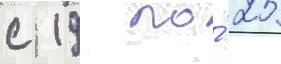
с 19 по́ 25